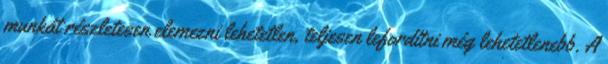
munkát részletesen elemezni lehetetlen, teljesen lefordítni még lehetetlenebb. A